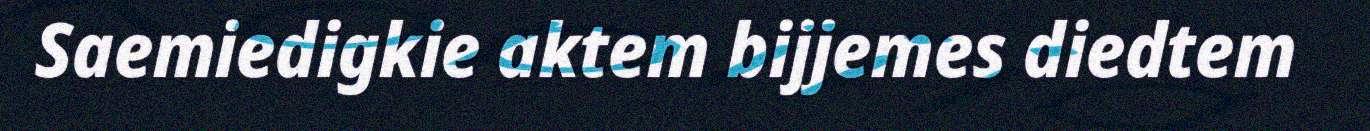
Saemiedigkie aktem bijjemes diedtem